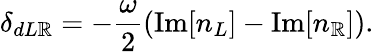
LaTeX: \delta_{dL\mathbb{R}}=-\frac{{\omega}}{{2}}\left(\mathrm{{Im}}[n_{L}]-\mathrm{{Im}}[n_{\mathbb{R}}]\right).